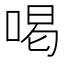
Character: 喝